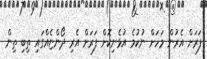
ފަރަށް އެރުން މަހަށް ނުކުމެ އުޅެނިކޮށް ފަރަށް އެރި ދޯންޏެއްގައި ތިބި ތިން